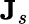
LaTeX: \textbf{J}_{s}